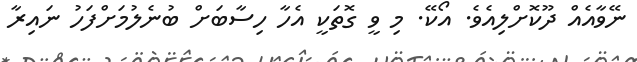
ނޭވާއެއް ދޫކޮށްލިއެވެ. އޯކޭ. މި ވީ ގޮތަކީ އެހާ ހިސާބަށް ބުނެލުމަށްފަހު ނައިރާ